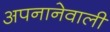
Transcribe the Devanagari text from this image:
अपनानेवाली